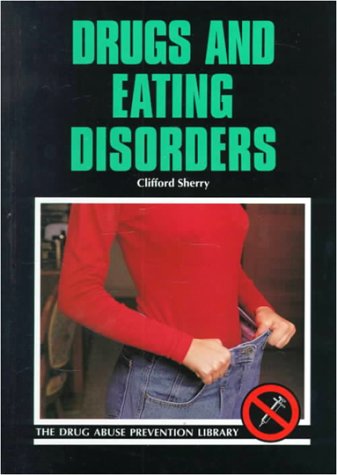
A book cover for Drugs and Eating Disorders (Drug Abuse Prevention Library); Clifford J. Sherry; Teen & Young Adult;